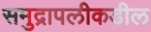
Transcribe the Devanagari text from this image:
समुद्रापलीकडील